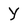
Character: Y